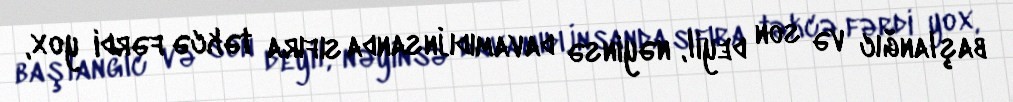
başlanğıc və son deyil, nəyinsə davamıdı.İnsanda sıfıra təkcə fərdi yox,